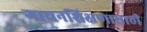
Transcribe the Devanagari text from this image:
गायनशिक्षणासाठी